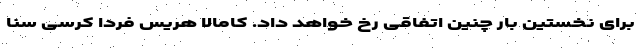
برای نخستین بار چنین اتفاقی رخ خواهد داد. کامالا هریس فردا کرسی سنا